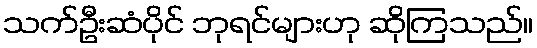
သက်ဦးဆံပိုင် ဘုရင်များဟု ဆိုကြသည်။